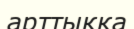
арттыққа